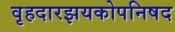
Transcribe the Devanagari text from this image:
वृहदारझयकोपनिषद